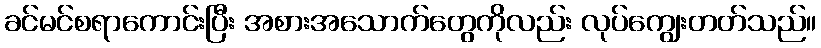
ခင်မင်စရာကောင်းပြီး အစားအသောက်တွေကိုလည်း လုပ်ကျွေးတတ်သည်။